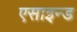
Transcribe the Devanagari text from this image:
एसाइन्ड